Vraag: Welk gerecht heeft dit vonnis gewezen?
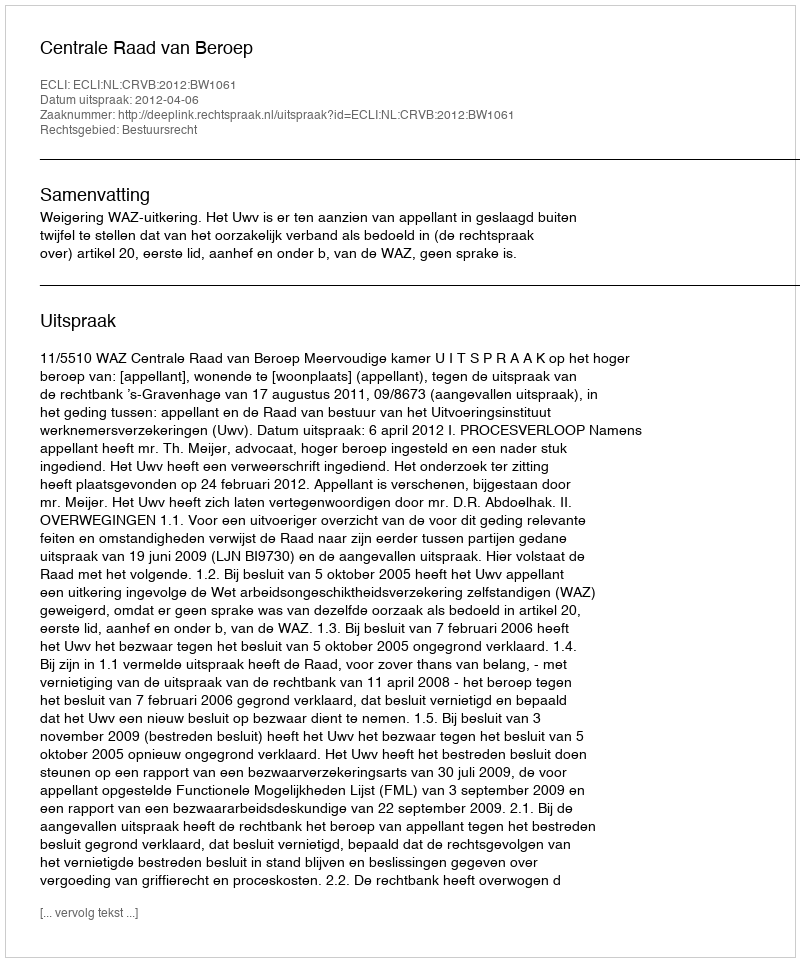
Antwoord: Centrale Raad van Beroep